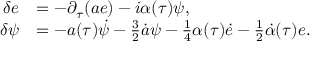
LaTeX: \begin{array} { r l } { { \delta e } } & { { = - \partial _ { \tau } ( a e ) - { i } \alpha ( \tau ) \psi , } } \\ { { \delta \psi } } & { { = - a ( \tau ) \dot { \psi } - { \frac { 3 } { 2 } } \dot { a } \psi - { \frac { 1 } { 4 } } \alpha ( \tau ) \dot { e } - { \frac { 1 } { 2 } } \dot { \alpha } ( \tau ) e . } } \end{array}